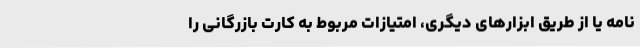
‌نامه یا از طریق ابزارهای دیگری، امتیازات مربوط به کارت بازرگانی را